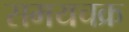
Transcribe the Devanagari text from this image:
समयचक्र